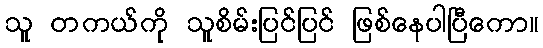
သူ တကယ်ကို သူစိမ်းပြင်ပြင် ဖြစ်နေပါပြီကော။